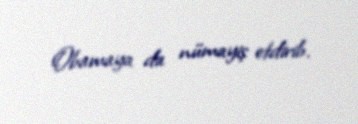
Obamaya da nümayiş etdirib.